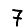
Digit: 7